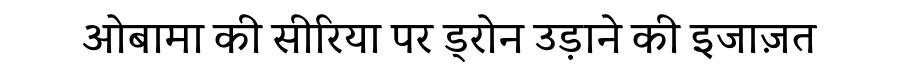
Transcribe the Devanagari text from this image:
ओबामा की सीरिया पर ड्रोन उड़ाने की इजाज़त